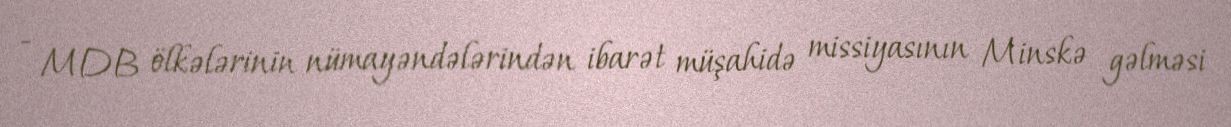
- MDB ölkələrinin nümayəndələrindən ibarət müşahidə missiyasının Minskə gəlməsi